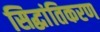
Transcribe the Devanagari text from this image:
सिद्धांतिकरण